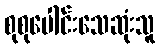
စုစုပေါင်းသေဆုံးသူ